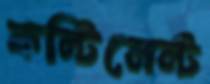
কন্টিনেন্ট